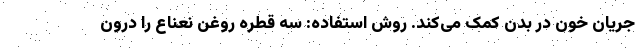
جریان خون در بدن کمک می‌کند. روش استفاده: سه قطره روغن نعناع را درون